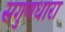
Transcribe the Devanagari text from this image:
सगुणधारा